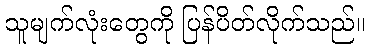
သူမျက်လုံးတွေကို ပြန်ပိတ်လိုက်သည်။